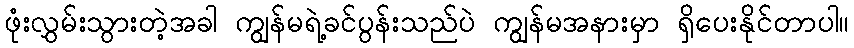
ဖုံးလွှမ်းသွားတဲ့အခါ ကျွန်မရဲ့ခင်ပွန်းသည်ပဲ ကျွန်မအနားမှာ ရှိပေးနိုင်တာပါ။